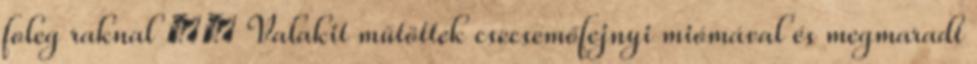
foleg raknal  Valakit műtöttek csecsemőfejnyi miómával és megmaradt